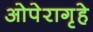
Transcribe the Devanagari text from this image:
ओपेरागृहे